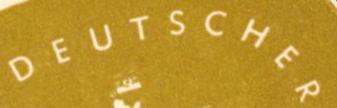
DEUTSCHER